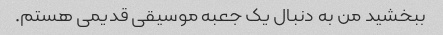
ببخشید من به دنبال یک جعبه موسیقی قدیمی هستم.